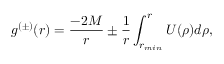
g ^ { ( \pm ) } ( r ) = { \frac { - 2 M } { r } } \pm { \frac { 1 } { r } } \int _ { r _ { m i n } } ^ { r } U ( \rho ) d \rho ,